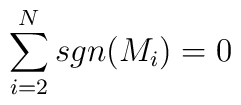
\sum_{i=2}^{N} sgn(M_i)=0